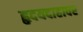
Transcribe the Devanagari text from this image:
हृदयदाहावर